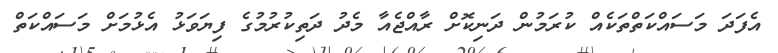
އެފަދަ މަސައްކަތްތަކެއް ކުރަމުން ދަނިކޮށް ރާއްޖެއާ މެދު ދަތިކުރުމުގެ ފިޔަވަޅު އެޅުމަށް މަސައްކަތް